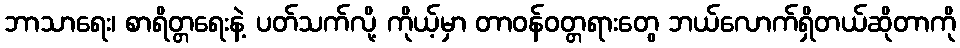
ဘာသာရေး၊ စာရိတ္တရေးနဲ့ ပတ်သက်လို့ ကိုယ့်မှာ တာဝန်ဝတ္တရားတွေ ဘယ်လောက်ရှိတယ်ဆိုတာကို